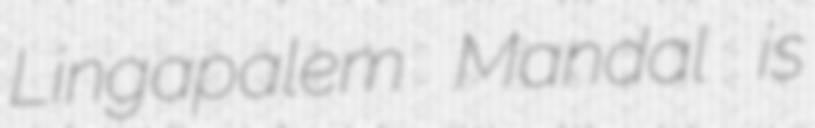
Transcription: Lingapalem Mandal is